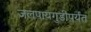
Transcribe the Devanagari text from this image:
जलपायगुडीपर्यंत